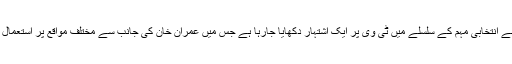
خیال رہے کہ مسلم لیگ ن کی جانب سے انتخابی مہم کے سلسلے میں ٹی وی پر ایک اشتہار دکھایا جارہا ہے جس میں عمران خان کی جانب سے مختلف مواقع پر استعمال کی گئی سخت زبان کو دکھایا گیا ہے ۔